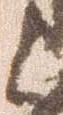
候